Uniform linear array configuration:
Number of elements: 16
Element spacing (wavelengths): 0.5
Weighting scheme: hamming
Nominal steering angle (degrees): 60
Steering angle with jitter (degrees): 61.618
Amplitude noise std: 0.05
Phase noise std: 0.05

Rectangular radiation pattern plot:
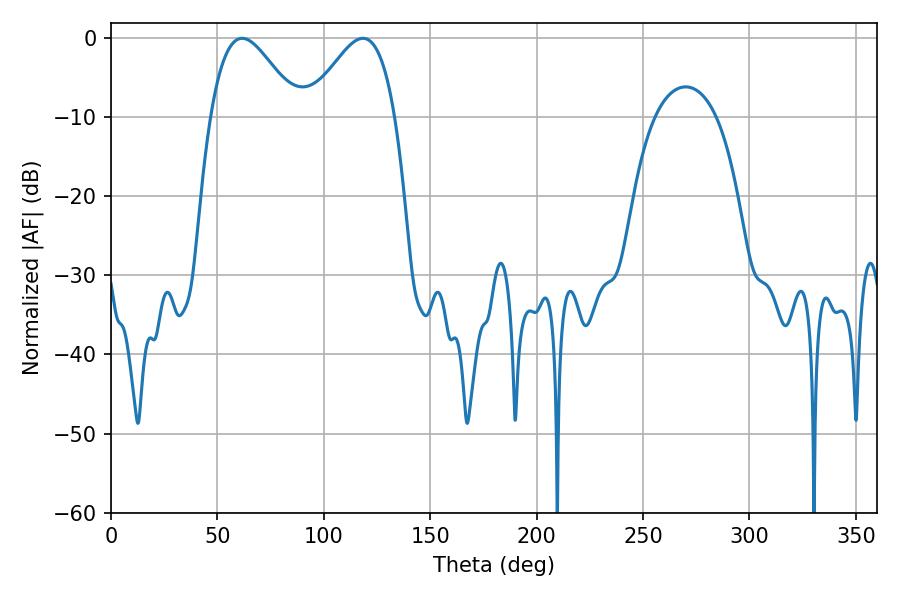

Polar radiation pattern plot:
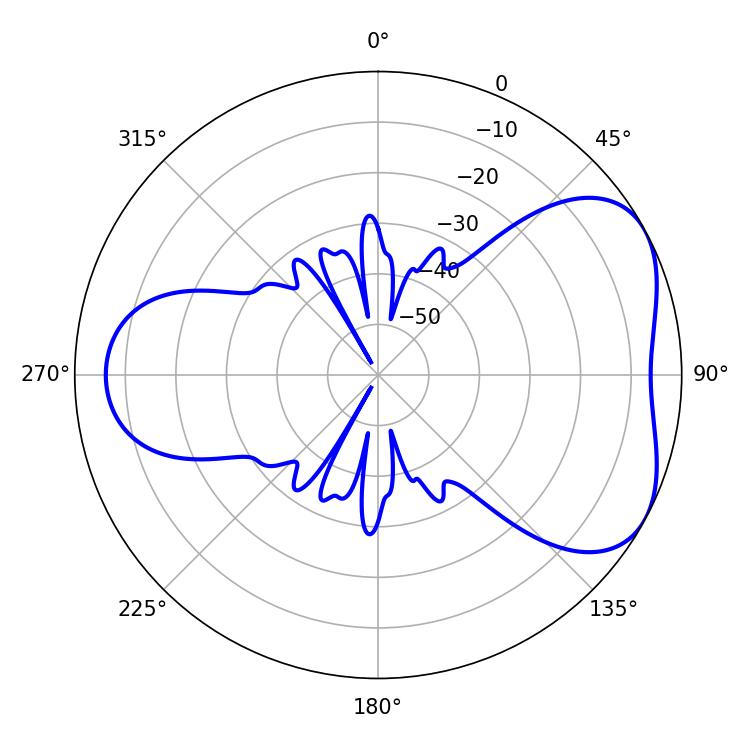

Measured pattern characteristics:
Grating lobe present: FALSE
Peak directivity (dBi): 4.844
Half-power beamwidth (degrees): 21.96
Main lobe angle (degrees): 61.56